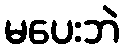
မပေးဘဲ